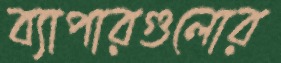
ব্যাপারগুলোর